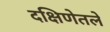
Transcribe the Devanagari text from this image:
दक्षिणेतले